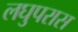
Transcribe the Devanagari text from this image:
लघुपरास